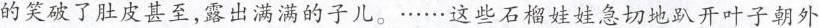
的笑破了肚皮甚至，露出满满的子儿。……这些石榴娃娃急切地趴开叶子朝外